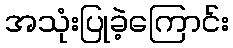
အသုံးပြုခဲ့ကြောင်း